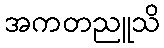
အကတညူသိ